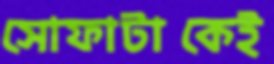
সোফাটাকেই